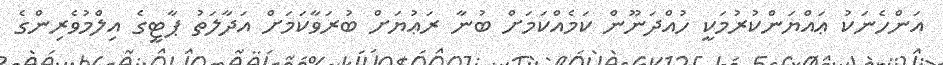
އަންހެނަކު ޢައްޔަންކުރުމަކީ ހުއްދަނޫން ކަމެއްކަމަށް ބުނާ ރަޢުޔަށް ބުރަވާކަމަށް އަދާލަތު ޕާޓީގެ އިލްމުވެރިންގެ